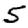
Digit: 5